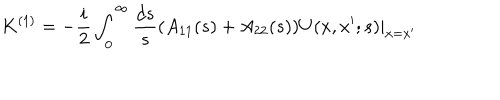
LaTeX: K ^ { ( 1 ) } = - \frac { i } { 2 } \int _ { 0 } ^ { \infty } \frac { d s } { s } ( A _ { 1 1 } ( s ) + A _ { 2 2 } ( s ) ) U ( x , x ^ { \prime } ; s ) | _ { x = x ^ { \prime } }